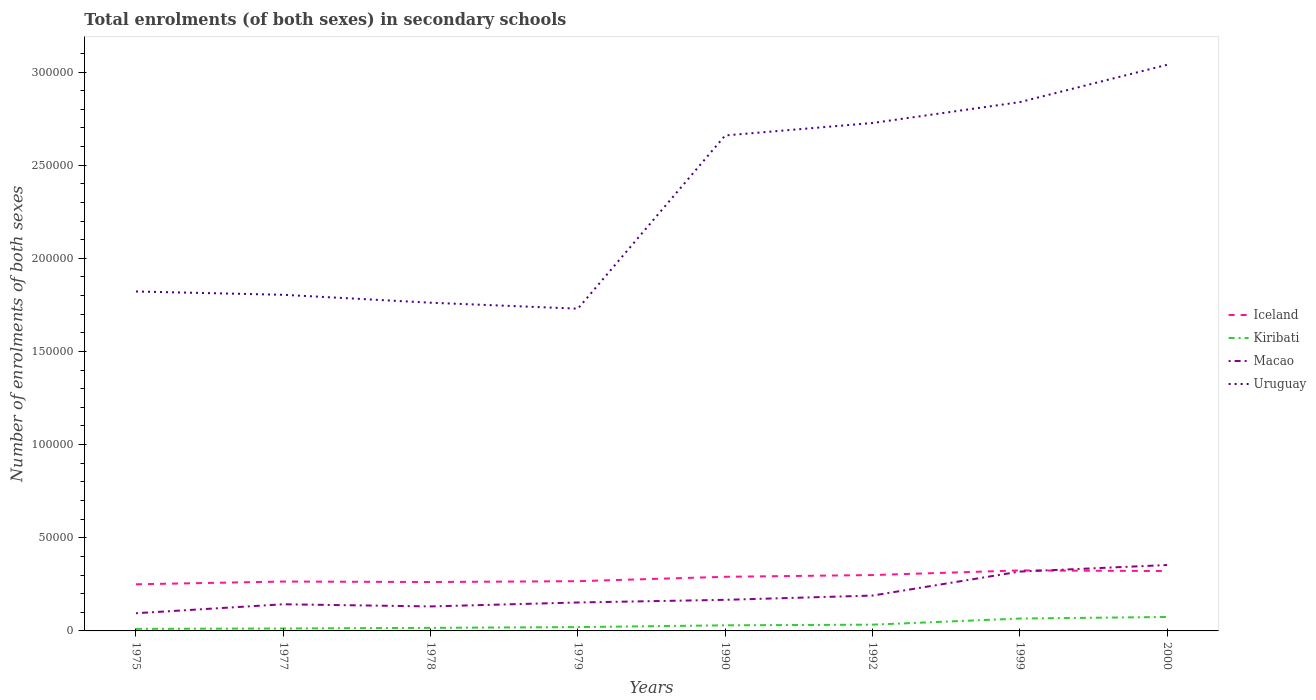
| Years | Iceland | Kiribati | Macao | Uruguay |
 | --- | --- | --- | --- | --- |
 | 1975 | 2.5e+04 | 1.1e+03 | 9.5e+03 | 1.82e+05 |
 | 1977 | 2.65e+04 | 1.3e+03 | 1.43e+04 | 1.8e+05 |
 | 1978 | 2.63e+04 | 1.65e+03 | 1.32e+04 | 1.76e+05 |
 | 1979 | 2.67e+04 | 2.06e+03 | 1.53e+04 | 1.73e+05 |
 | 1990 | 2.91e+04 | 3e+03 | 1.67e+04 | 2.66e+05 |
 | 1992 | 3e+04 | 3.36e+03 | 1.9e+04 | 2.73e+05 |
 | 1999 | 3.25e+04 | 6.65e+03 | 3.19e+04 | 2.84e+05 |
 | 2000 | 3.21e+04 | 7.49e+03 | 3.54e+04 | 3.04e+05 |